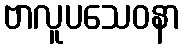
ဗာလူပသေဝနာ